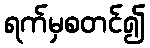
ရက်မှစတင်၍